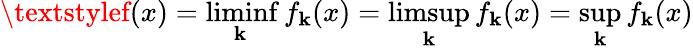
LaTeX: \textstylef(x)=\operatorname*{liminf}_{\mathbf{k}}f_{\mathbf{k}}(x)=\operatorname*{limsup}_{\mathbf{k}}f_{\mathbf{k}}(x)=\operatorname*{sup}_{\mathbf{k}}f_{\mathbf{k}}(x)